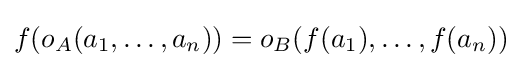
f(o_{A}(a_{1},\dots ,a_{n}))=o_{B}(f(a_{1}),\dots ,f(a_{n}))